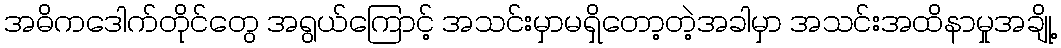
အဓိကဒေါက်တိုင်တွေ အရွယ်ကြောင့် အသင်းမှာမရှိတော့တဲ့အခါမှာ အသင်းအထိနာမှုအချို့